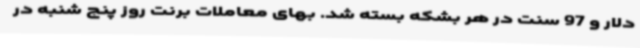
دلار و 97 سنت در هر بشکه بسته شد. بهای معاملات برنت روز پنج شنبه در